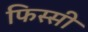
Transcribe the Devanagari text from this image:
फिस्सी